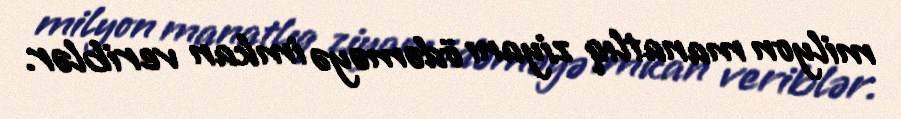
milyon manatlıq ziyanı ödəməyə imkan veriblər.